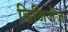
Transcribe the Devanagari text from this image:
डिजिजेज